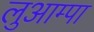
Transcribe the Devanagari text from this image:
लुआम्पा